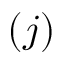
( j )